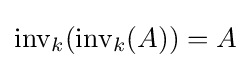
\operatorname {inv} _{k}(\operatorname {inv} _{k}(A))=A